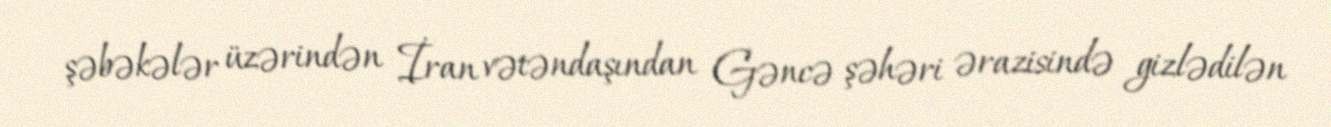
şəbəkələr üzərindən İran vətəndaşından Gəncə şəhəri ərazisində gizlədilən